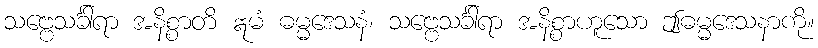
သဗ္ဗေသင်္ခါရာ အနိစ္စာတိ ဣမံ ဓမ္မဒေသနံ၊ သဗ္ဗေသင်္ခါရာ အနိစ္စာဟူသော ဤဓမ္မဒေသနာကို။